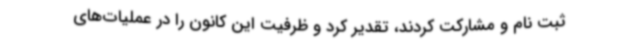
ثبت نام و مشارکت کردند، تقدیر کرد و ظرفیت این کانون را در عملیات‌های